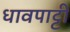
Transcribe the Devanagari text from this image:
धावपाट्टी